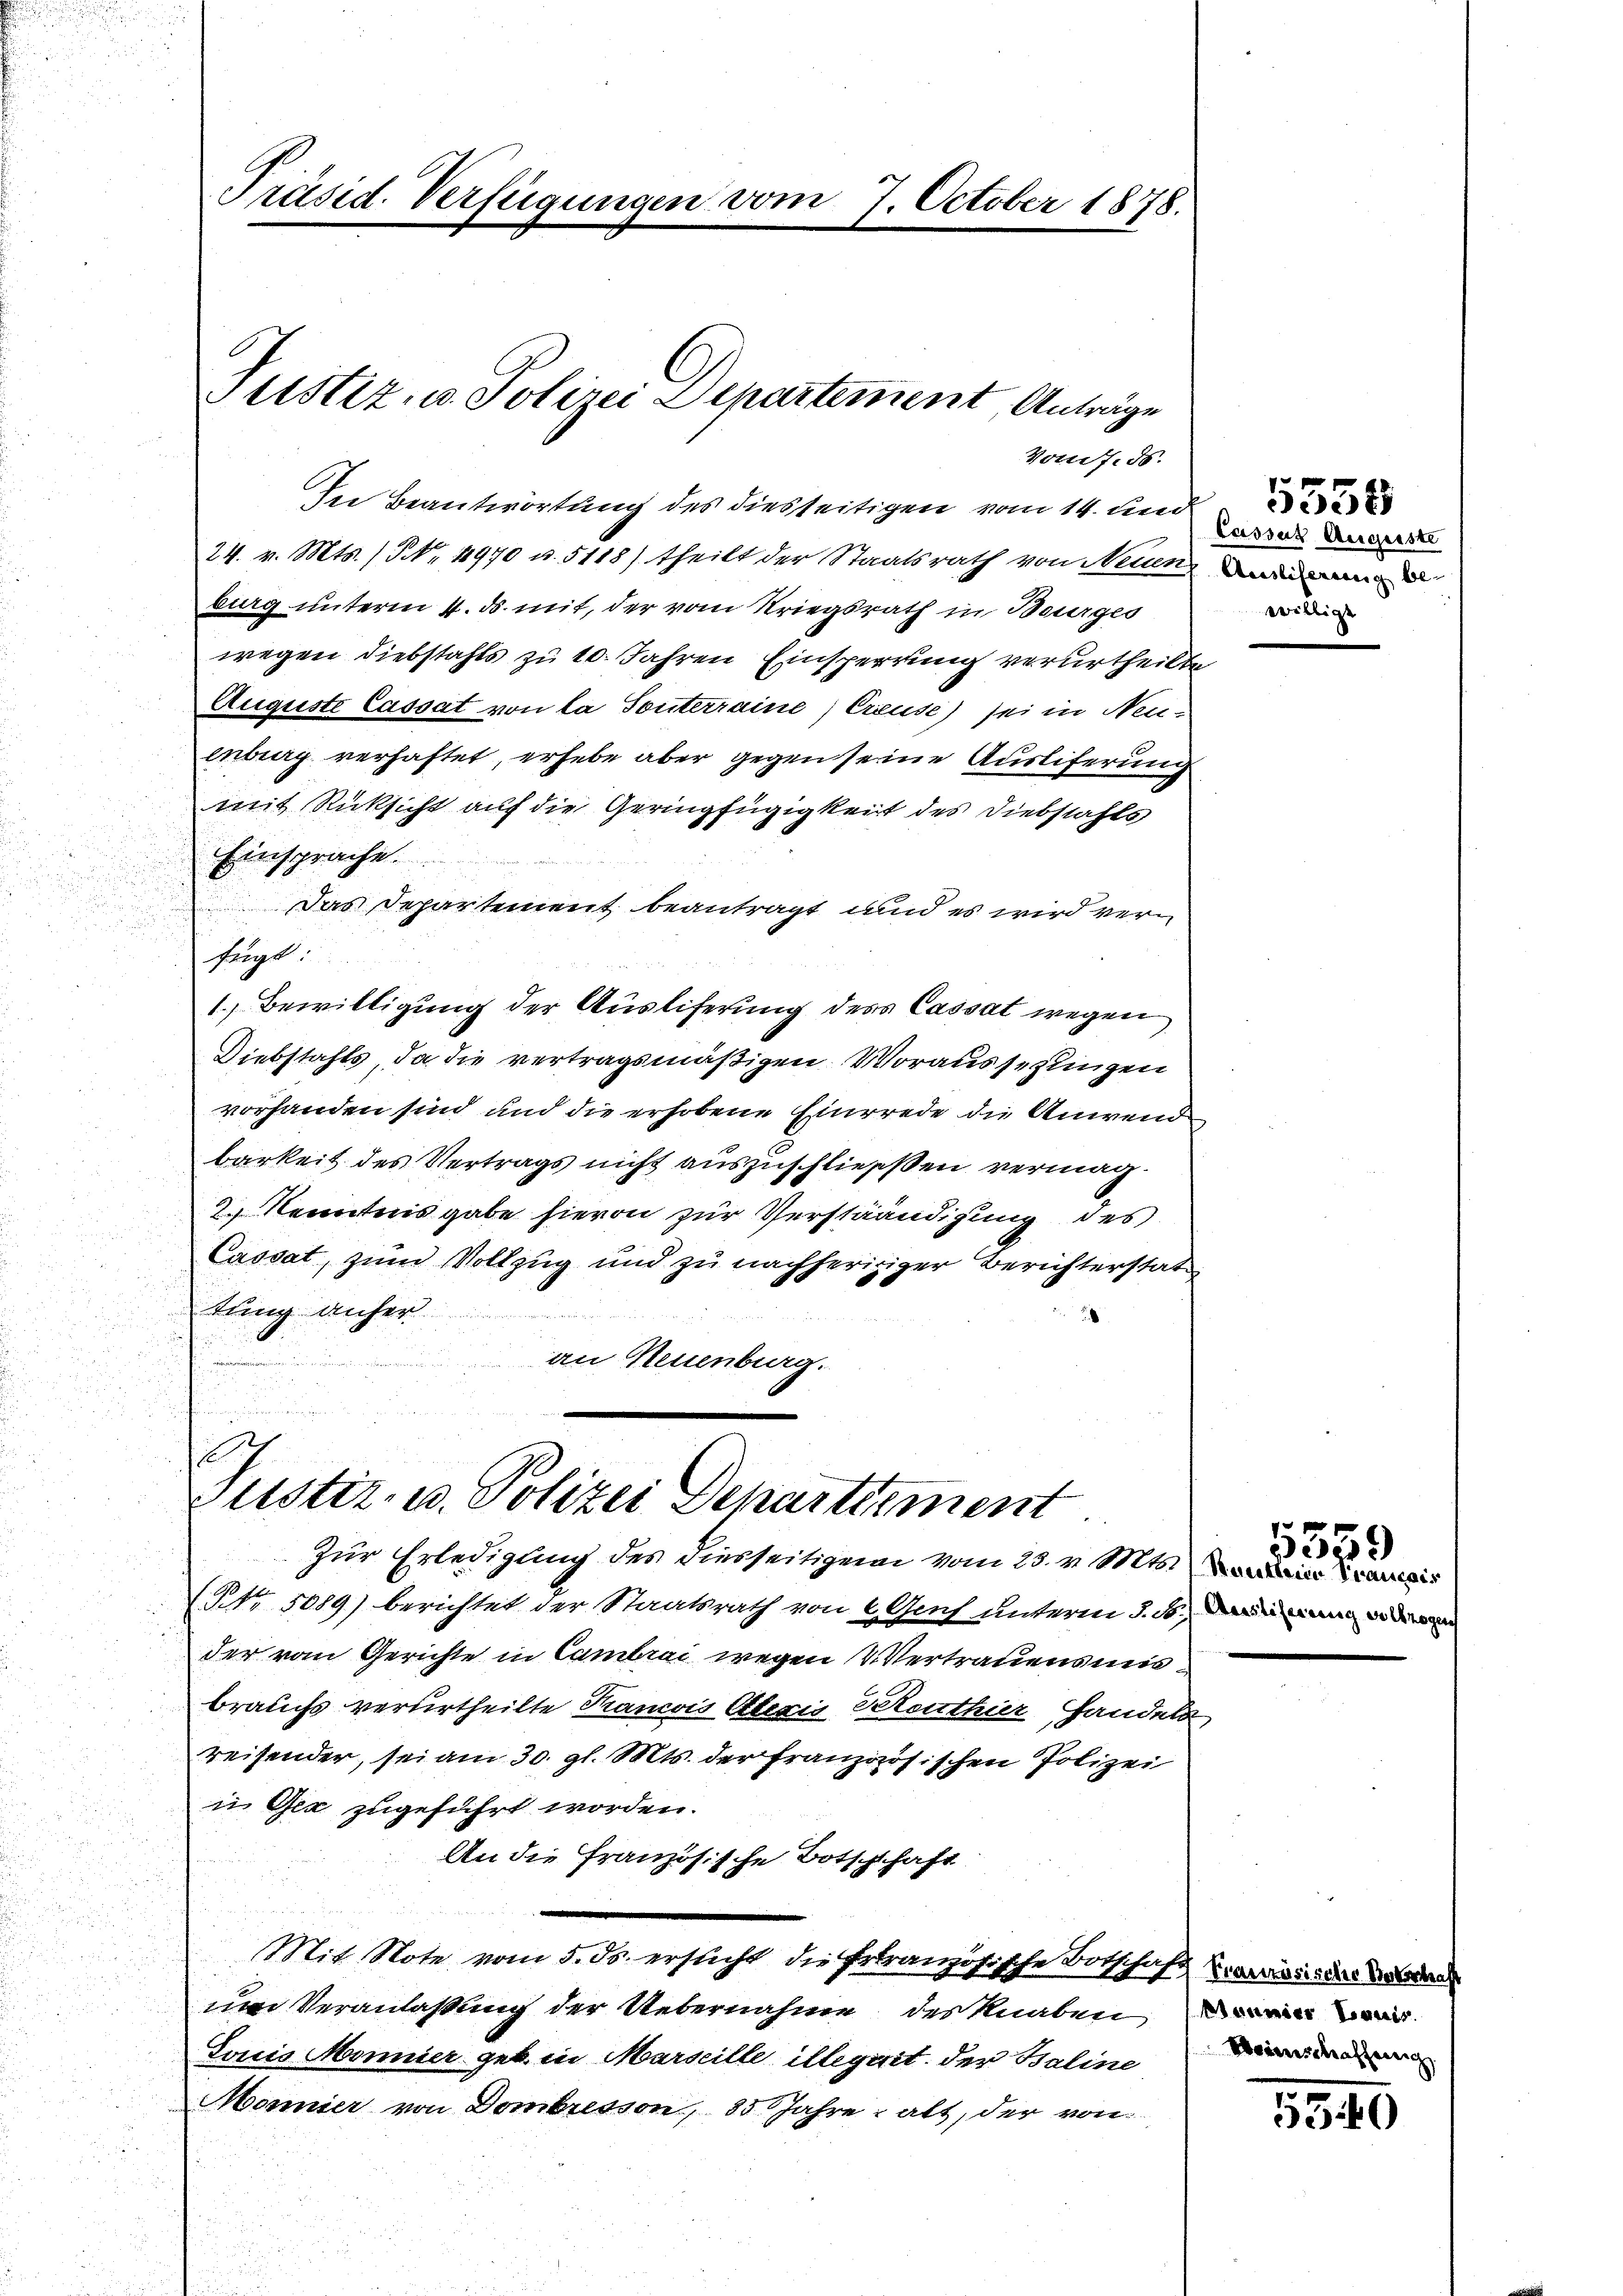
In Beantwortung des diesseitigen vom 14. und
24. v. Mts. / NNo. 4970 u. 5118) theilt der Staatsrath von Neuen, wi
burg unterm 4. ds. mit, der vom Kriegsrath in Beurges
wegen Diebstahls zu 10. Jahren Einsperrung verurtheilte
Auguste Cassat von la Sonterraine) Creuse) sei in Neuenburg verhaftet, erhebe aber gegen seine Ausliferung
mit Rücksicht auf die Geringfügigkeit des Diebstahls
Einsprache.
Das Departement beantragt, und es wird verfügt:
1 Bewilligung der Ausliferung des Cassat wegen
Diebstahls, da die vertragsmäßigen Voraussehlingen
vorhanden sind und die erhobene Einrede die Anwende
barkeit des Vertrags nicht auszuschliessen vermag¬
2.) Kenntnis gabe hievon zur Verständigung des
Cassat, zum Vollzug und zu nachherigiger Berichterstat
tung anher

an Neuenburg.
1

Präsid. Verfügungen vom 7. October 1878.

Justiz- u. Polizei Departement, Anträge
Vom 7. ds.

Justiz- u. Polizei Departement
Zur Erledigung des diesseitigen vom 23. v. Mts.

(NNo. 5089) berichtet der Staatsrath von 2 Genf unterm 3. ds. in
der vom Gerichte in Cambrai wegen 2 Vertrauensmisbrauchs verurtheilte Krancois Alexis Petenthier Handela
reisender, sei am 30. gl. Mts. der französischen Polizei
i Gex zugeführt worden.
An die Französische Botschschaft
Mit Note vom 5. Js. ersticht die Ertranzösische Botschaft aus der
um Veranlaßung der Uebernahme des Knaben, n
Louis Monnier geb. in Marseille illegirt. der Baline
Mönnier von Dombresson, 85 Jahre alt, der von

Cassat Augenste
willigt

5359
Rautlerin Fraucais

Weinschaffenig

1340